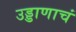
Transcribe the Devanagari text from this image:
उड्डाणाचं